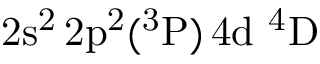
\mathrm { 2 s ^ { 2 } \, 2 p ^ { 2 } ( ^ { 3 } P ) \, 4 d ~ ^ { 4 } D }